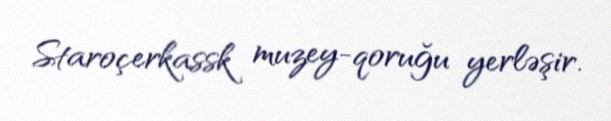
Staroçerkassk muzey-qoruğu yerləşir.